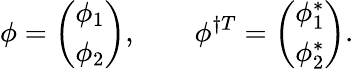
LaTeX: \phi=\left(\begin{array}{c}{{\phi_{1}}}\\ {{\phi_{2}}}\end{array}\right),\ \ \ \ \ \ \ \ \phi^{\dagger T}=\left(\begin{array}{c}{{\phi_{1}^{*}}}\\ {{\phi_{2}^{*}}}\end{array}\right).